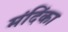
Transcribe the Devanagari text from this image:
मंदिंका